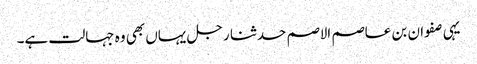
یہی صفوان بن عاصم الاصم حدثنا رجل یہاں بھی وہ جہالت ہے۔